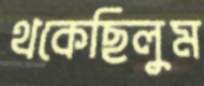
থকেছিলুম